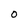
Character: O